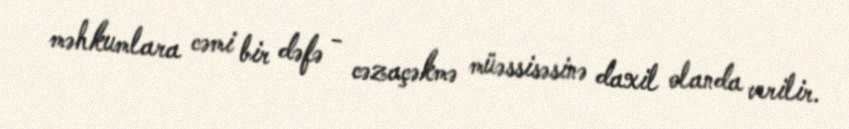
məhkumlara cəmi bir dəfə - cəzaçəkmə müəssisəsinə daxil olanda verilir.